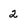
Character: 2